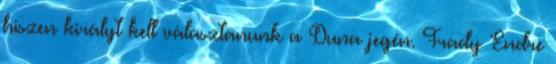
hiszen királyt kell választanunk a Duna jegén. Frady Endre